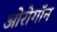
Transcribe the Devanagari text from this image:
ओरोगॉन